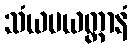
သံယမယတ္တာနံ